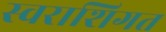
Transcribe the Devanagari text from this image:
स्वराशिगत